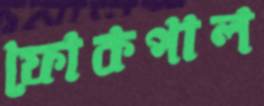
ফোকপাল